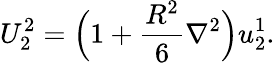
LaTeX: U_{2}^{2}=\Big(1+\frac{R^{2}}{6}\nabla^{2}\Big)u_{2}^{1}.